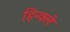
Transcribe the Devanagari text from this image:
हिन्क्ले